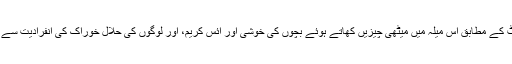
28ستمبر2013 کو موصولہ رپورٹ کے مطابق اس میلہ میں میٹھی چیزیں کھاتے ہوئے بچوں کی خوشی اور آئس کریم، اور لوگوں کی حلال خوراک کی انفرادیت سے واقف ہونے پر سبھی خوش نظرآئے۔